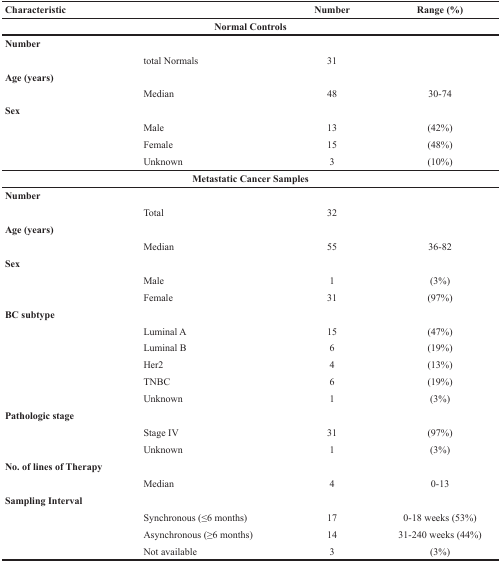
| Characteristic |  | Number | Range (%) |
 | --- | --- | --- | --- |
 | <COLSPAN=4> Normal Controls |
 | <COLSPAN=4> Number |
 |  | total Normals | 31 |  |
 | <COLSPAN=4> Age (years) |
 |  | Median | 48 | 30-74 |
 | <COLSPAN=4> Sex |
 |  | Male | 13 | (42%) |
 |  | Female | 15 | (48%) |
 |  | Unknown | 3 | (10%) |
 | <COLSPAN=4> Metastatic Cancer Samples |
 | <COLSPAN=4> Number |
 |  | Total | 32 |  |
 | <COLSPAN=4> Age (years) |
 |  | Median | 55 | 36-82 |
 | <COLSPAN=4> Sex |
 |  | Male | 1 | (3%) |
 |  | Female | 31 | (97%) |
 | <COLSPAN=4> BC subtype |
 |  | Luminal A | 15 | (47%) |
 |  | Luminal B | 6 | (19%) |
 |  | Her2 | 4 | (13%) |
 |  | TNBC | 6 | (19%) |
 |  | Unknown | 1 | (3%) |
 | <COLSPAN=4> Pathologic stage |
 |  | Stage IV | 31 | (97%) |
 |  | Unknown | 1 | (3%) |
 | <COLSPAN=4> No. of lines of Therapy |
 |  | Median | 4 | 0-13 |
 | <COLSPAN=4> Sampling Interval |
 |  | Synchronous (≤6 months) | 17 | 0-18 weeks (53%) |
 |  | Asynchronous (≥6 months) | 14 | 31-240 weeks (44%) |
 |  | Not available | 3 | (3%) |